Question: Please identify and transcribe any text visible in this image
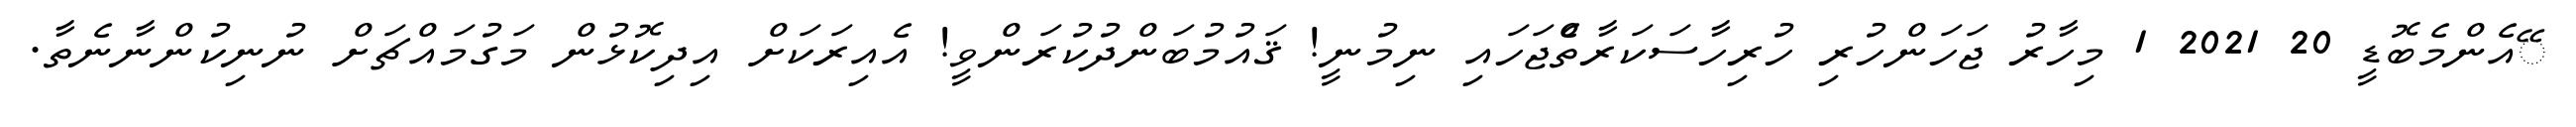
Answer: ޭއެންމެބޮޑީ 20 2021 1 މިހާރު ޖަހަންހުރި ހުރިހާސަކަރާތެްޖަހައި ނިމުނީ! ޤައުމުބަންދުކުރަންވީ! އެއިރަކަށް އިދިކޮޅުން މަގުމައްޗަށް ނުނިކުންނާނެތާ.